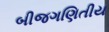
બીજગણિતીય